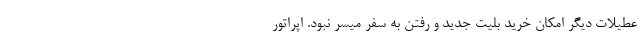
عطیلات دیگر امکان خرید بلیت جدید و رفتن به سفر میسر نبود. اپراتور